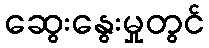
ဆွေးနွေးမှုတွင်